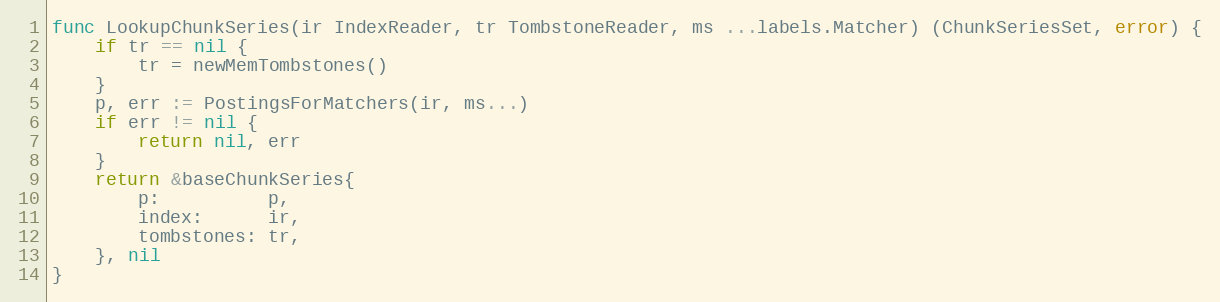
Language: Go
func LookupChunkSeries(ir IndexReader, tr TombstoneReader, ms ...labels.Matcher) (ChunkSeriesSet, error) {
	if tr == nil {
		tr = newMemTombstones()
	}
	p, err := PostingsForMatchers(ir, ms...)
	if err != nil {
		return nil, err
	}
	return &baseChunkSeries{
		p:          p,
		index:      ir,
		tombstones: tr,
	}, nil
}